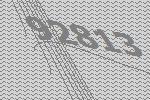
92813